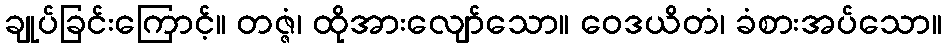
ချုပ်ခြင်းကြောင့်။ တဇ္ဇံ၊ ထိုအားလျော်သော။ ဝေဒယိတံ၊ ခံစားအပ်သော။